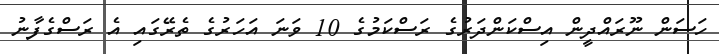
ހަސަން ނޫރައްދީން އިސްކަންދަރުގެ ރަސްކަމުގެ 10 ވަނަ އަހަރުގެ ތެރޭގައި އެ ރަސްގެފާނު